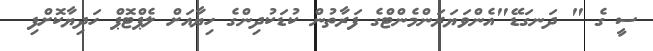
ސީ ގެ " ދަނގަޑޭ"އެންވަޔަރަންމެންޓްގެ ފަރާތުން ކުޑަކުދިންގެ ހިޔާއަށް ލެޕްޓޮޕް ހަދިޔާކޮށްފި